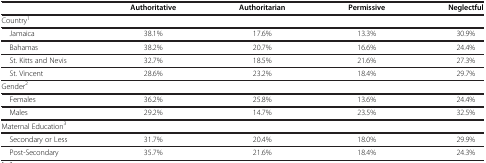
<table><thead><tr><td><b> </b></td><td><b>Authoritative</b></td><td><b>Authoritarian</b></td><td><b>Permissive</b></td><td><b>Neglectful</b></td></tr></thead><tbody><tr><td colspan="5">Country<sup>1</sup></td></tr><tr><td> Jamaica</td><td>38.1%</td><td>17.6%</td><td>13.3%</td><td>30.9%</td></tr><tr><td> Bahamas</td><td>38.2%</td><td>20.7%</td><td>16.6%</td><td>24.4%</td></tr><tr><td> St. Kitts and Nevis</td><td>32.7%</td><td>18.5%</td><td>21.6%</td><td>27.3%</td></tr><tr><td> St. Vincent</td><td>28.6%</td><td>23.2%</td><td>18.4%</td><td>29.7%</td></tr><tr><td colspan="5">Gender<sup>2</sup></td></tr><tr><td> Females</td><td>36.2%</td><td>25.8%</td><td>13.6%</td><td>24.4%</td></tr><tr><td> Males</td><td>29.2%</td><td>14.7%</td><td>23.5%</td><td>32.5%</td></tr><tr><td colspan="5">Maternal Education<sup>3</sup></td></tr><tr><td> Secondary or Less</td><td>31.7%</td><td>20.4%</td><td>18.0%</td><td>29.9%</td></tr><tr><td> Post-Secondary</td><td>35.7%</td><td>21.6%</td><td>18.4%</td><td>24.3%</td></tr></tbody></table>